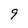
Character: 9